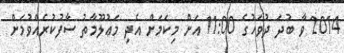
2014 ވާ ބުދަ ދުވަހުގެ 11:00 އަށް މިކަމަށް އެދި މަޢުލޫމާތު ސާފުކުރެއްވުމަށް